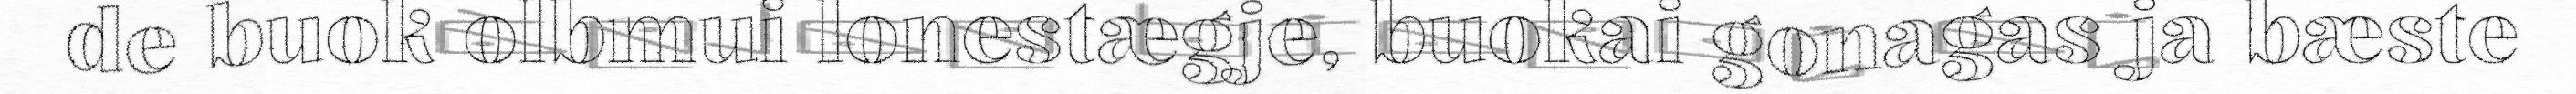
de buok olbmui lonestægje, buokai gonagas ja bæste